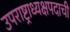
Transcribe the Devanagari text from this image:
उपराष्ट्राध्यक्षपदाची